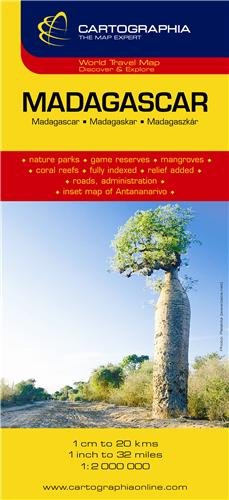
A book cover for Madagascar (Country Map); Cartographia; Travel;